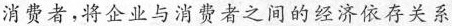
消费者，将企业与消费者之间的经济依存关系